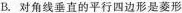
B.对角线垂直的平行四边形是菱形